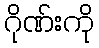
ဂိုဏ်းကို